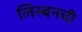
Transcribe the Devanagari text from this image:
लिस्बनची